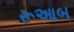
રૂઆબ